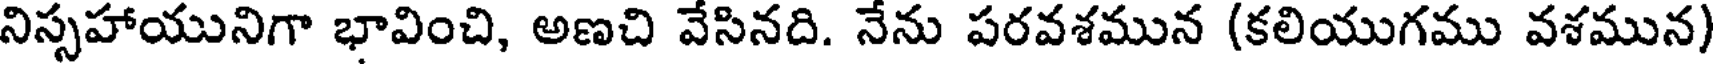
నిస్సహాయునిగా భావించి, అణచి వేసినది. నేను పరవశమున (కలియుగము వశమున)